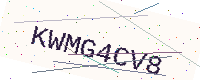
Text: KWMG4CV8